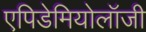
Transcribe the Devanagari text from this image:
एपिडेमियोलॉजी